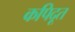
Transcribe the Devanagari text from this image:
कपिदूत